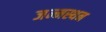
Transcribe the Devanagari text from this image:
जन्मस्थन